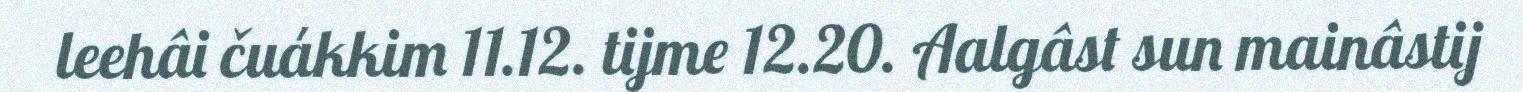
leehâi čuákkim 11.12. tijme 12.20. Aalgâst sun mainâstij